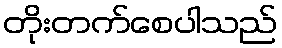
တိုးတက်စေပါသည်